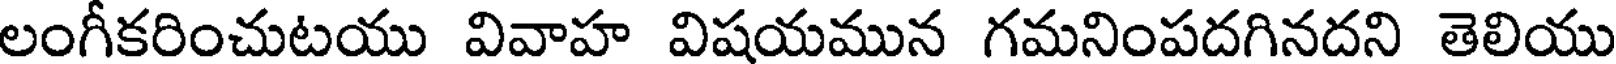
లంగీకరించుటయు వివాహ విషయమున గమనింపదగినదని తెలియు